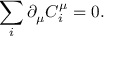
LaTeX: \sum _ { i } \partial _ { \mu } C _ { i } ^ { \mu } = 0 .